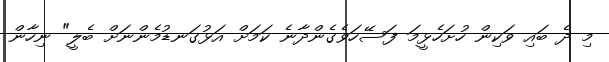
މި ދެ ބައި ވަކިން ހުށަހެޅީމަ ފަސޭހަވެގެންދާނެ ކަމަށް އަޅުގަނޑުމެންނަށް ބެލީ" ނިހާން